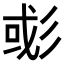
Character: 𢒖